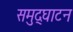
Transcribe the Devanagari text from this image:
समुद्घाटन